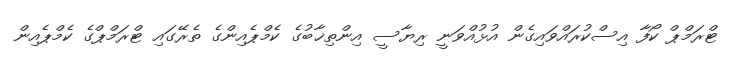
ޓްރަމްޕް ކޯފާ އިސްކުރައްވައިގެން އުޅުއްވަނީ ރިޔާސީ އިންތިޚާބުގެ ކެމްޕެއިންގެ ތެރޭގައި ޓްރަމްޕްގެ ކެމްޕެއިން